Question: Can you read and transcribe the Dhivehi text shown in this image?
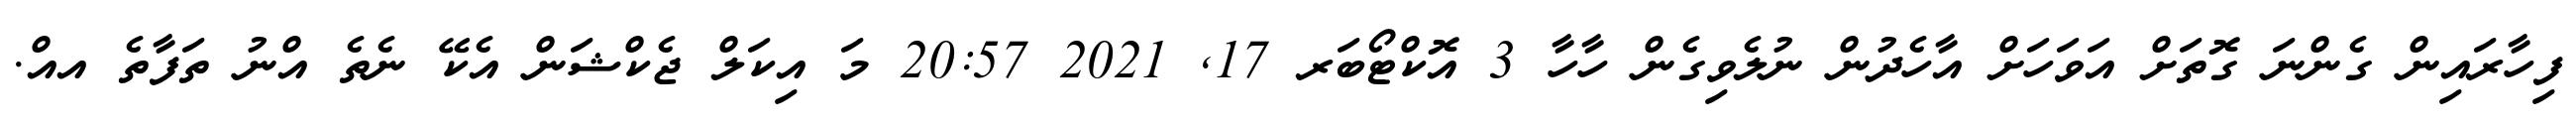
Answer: ފިހާރައިން ގެންނަ ގޮތަށް އަވަހަށް އާހެދުން ނުލެވިގެން ހާހާ 3 އޮކްޓޯބަރ 17, 2021 20:57 މަ އިކަލް ޖެކްޝަން އެކޭ ނެތެ އްނު ތަފާތެ އއް.